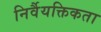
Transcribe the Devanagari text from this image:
निर्वैयक्तिकता